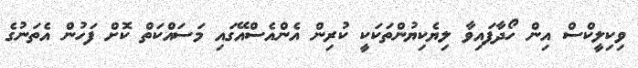
ވިކިލީކްސް އިން ހޯދާފައިވާ ލިޔެކިޔުންތަކަކީ ކުރިން އެންއެސްއޭގައި މަސައްކަތް ކޮށް ފަހުން އެތަނުގެ